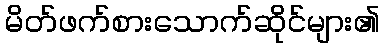
မိတ်ဖက်စားသောက်ဆိုင်များ၏